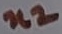
Text: n2